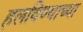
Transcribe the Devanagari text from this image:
हलविण्याच्या